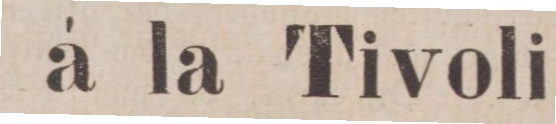
à la Tivoli,